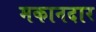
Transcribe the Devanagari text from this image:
मकानदार